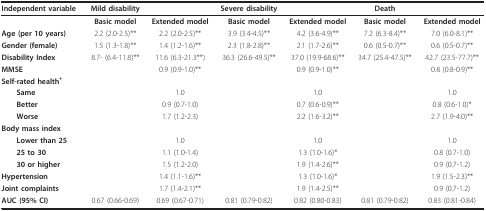
<table><thead><tr><td><b>Independent variable</b></td><td><b>Mild disability</b></td><td></td><td><b>Severe disability</b></td><td></td><td><b>Death</b></td><td></td></tr></thead><tbody><tr><td></td><td><b>Basic model</b></td><td><b>Extended model</b></td><td><b>Basic model</b></td><td><b>Extended model</b></td><td><b>Basic model</b></td><td><b>Extended model</b></td></tr><tr><td><b>Age (per 10 years)</b></td><td>2.2 (2.0-2.5)**</td><td>2.2 (2.0-2.5)**</td><td>3.9 (3.4-4.5)**</td><td>4.2 (3.6-4.9)**</td><td>7.2 (6.3-8.4)**</td><td>7.0 (6.0-8.1)**</td></tr><tr><td><b>Gender (female)</b></td><td>1.5 (1.3-1.8)**</td><td>1.4 (1.2-1.6)**</td><td>2.3 (1.8-2.8)**</td><td>2.1 (1.7-2.6)**</td><td>0.6 (0.5-0.7)**</td><td>0.6 (0.5-0.7)**</td></tr><tr><td><b>Disability Index</b></td><td>8.7- (6.4-11.8)**</td><td>11.6 (6.3-21.3**)</td><td>36.3 (26.6-49.5)**</td><td>37.0 (19.9-68.6)**</td><td>34.7 (25.4-47.5)**</td><td>42.7 (23.5-77.7)**</td></tr><tr><td><b>MMSE</b></td><td></td><td>0.9 (0.9-1.0)**</td><td></td><td>0.9 (0.9-1.0)**</td><td></td><td>0.8 (0.8-0.9)**</td></tr><tr><td><b>Self-rated health<sup>+</sup></b></td><td></td><td></td><td></td><td></td><td></td><td></td></tr><tr><td> <b>Same</b></td><td></td><td>1.0</td><td></td><td>1.0</td><td></td><td>1.0</td></tr><tr><td> <b>Better</b></td><td></td><td>0.9 (0.7-1.0)</td><td></td><td>0.7 (0.6-0.9)**</td><td></td><td>0.8 (0.6-1.0)*</td></tr><tr><td> <b>Worse</b></td><td></td><td>1.7 (1.2-2.3)</td><td></td><td>2.2 (1.6-3.2)**</td><td></td><td>2.7 (1.9-4.0)**</td></tr><tr><td><b>Body mass index</b></td><td></td><td></td><td></td><td></td><td></td><td></td></tr><tr><td> <b>Lower than 25</b></td><td></td><td>1.0</td><td></td><td>1.0</td><td></td><td>1.0</td></tr><tr><td> <b>25 to 30</b></td><td></td><td>1.1 (1.0-1.4)</td><td></td><td>1.3 (1.0-1.6)*</td><td></td><td>0.8 (0.7-1.0)</td></tr><tr><td> <b>30 or higher</b></td><td></td><td>1.5 (1.2-2.0)</td><td></td><td>1.9 (1.4-2.6)**</td><td></td><td>0.9 (0.7-1.2)</td></tr><tr><td><b>Hypertension</b></td><td></td><td>1.4 (1.1-1.6)**</td><td></td><td>1.3 (1.0-1.6)*</td><td></td><td>1.9 (1.5-2.3)**</td></tr><tr><td><b>Joint complaints</b></td><td></td><td>1.7 (1.4-2.1)**</td><td></td><td>1.9 (1.4-2.5)**</td><td></td><td>0.9 (0.7-1.2)</td></tr><tr><td><b>AUC (95% CI)</b></td><td>0.67 (0.66-0.69)</td><td>0.69 (0.67-0.71)</td><td>0.81 (0.79-0.82)</td><td>0.82 (0.80-0.83)</td><td>0.81 (0.79-0.82)</td><td>0.83 (0.81-0.84)</td></tr></tbody></table>